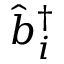
\hat { b } _ { i } ^ { \dagger }